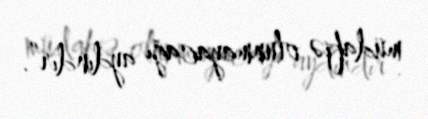
müdafiə olunmayacağı aydındır”.